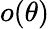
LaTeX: o(\theta)